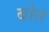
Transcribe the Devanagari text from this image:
बोत